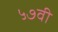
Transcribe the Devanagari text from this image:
५७वी